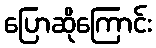
ပြောဆိုကြောင်း